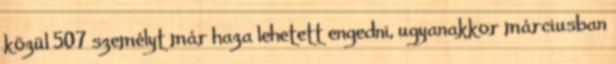
közül 507 személyt már haza lehetett engedni, ugyanakkor márciusban